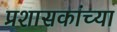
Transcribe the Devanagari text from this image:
प्रशासकांच्या